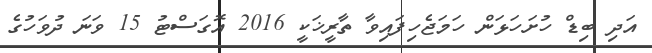
އަދި ބިޑް ހުށަހަޅަން ހަމަޖެހިފައިވާ ތާރީޚަކީ 2016 އޮގަސްޓު 15 ވަނަ ދުވަހުގެ